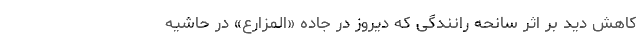
کاهش دید بر اثر سانحه رانندگی که دیروز در جاده «المزارع» در حاشیه